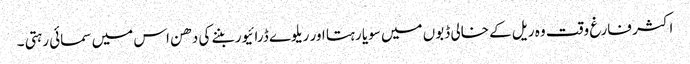
اکثر فارغ وقت وہ ریل کے خالی ڈبوں میں سویا رہتا اور ریلوے ڈرائیور بننے کی دھن اس میں سمائی رہتی ۔